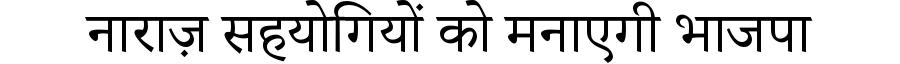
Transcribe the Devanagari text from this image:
नाराज़ सहयोगियों को मनाएगी भाजपा